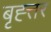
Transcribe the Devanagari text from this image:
बृह्त्तर